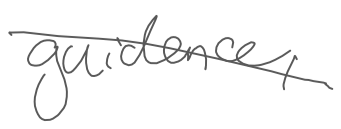
Text: guidance,
Cross-out: diagonal
Writing tool: digital_gray